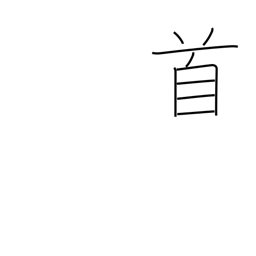
Meaning: counter for songs and poems